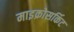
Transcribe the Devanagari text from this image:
माइक्रोसर्किट